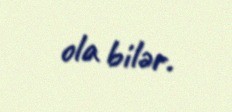
ola bilər.